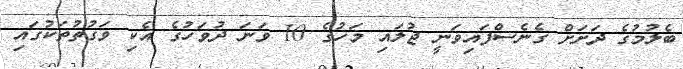
ބެލުމުގެ ދަށަށް ގެނެސްފައިވަނީ ޖުލައި މަހުގެ 10 ވަނަ ދުވަހުގެ އެކި ވަގުތުތަކުގައި